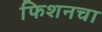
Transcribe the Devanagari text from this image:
फिशनचा